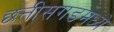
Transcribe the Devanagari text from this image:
छत्तीसगडमध्ये